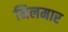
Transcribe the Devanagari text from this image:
निलमार